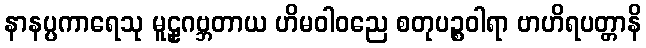
နာနပ္ပကာရေသု မူဠှဂဗ္ဘတာယ ဟိမဝါဝညေ စတုပဉ္စဝါရာ ဗာဟိရပတ္တာနိ